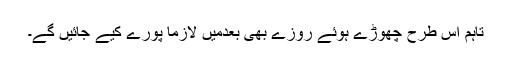
تاہم اِس طرح چھوڑے ہوئے روزے بھی بعدمیں لازماً پورے کیے جائیں گے۔